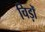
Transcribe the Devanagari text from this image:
चिड़ों